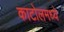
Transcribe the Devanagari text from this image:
काटोलमध्ये